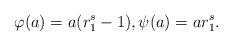
LaTeX: \begin{gather*}\varphi(a) = a (r_1^s - 1), \psi(a)= a r_1^s.\end{gather*}